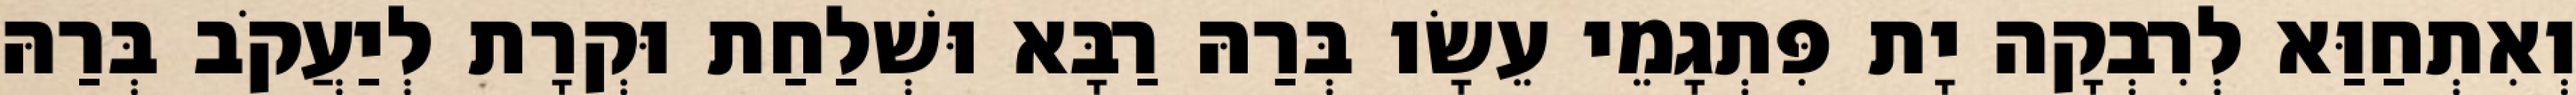
וְאִתְחַוַּא לְרִבְקָה יָת פִּתְגָמֵי עֵשָׂו בְּרַהּ רַבָּא וּשְׁלַחַת וּקְרָת לְיַעֲקֹב בְּרַהּ